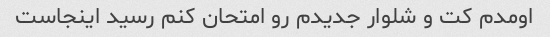
اومدم کت و شلوار جدیدم رو امتحان کنم رسید اینجاست